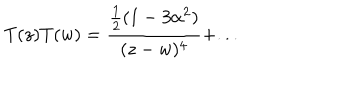
T ( z ) T ( w ) = \frac { \frac { 1 } { 2 } ( 1 - 3 \alpha ^ { 2 } ) } { ( z - w ) ^ { 4 } } + . . .